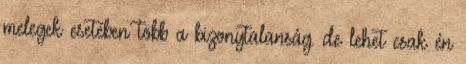
melegek esetében több a bizonytalanság. de lehet csak én